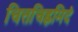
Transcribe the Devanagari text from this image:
चित्तचिह्नमिदं